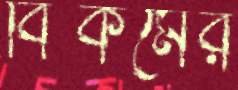
বিকমের